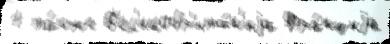
1 та́кже В'ел'икобр'ита́н'иjа Фра́нциjа